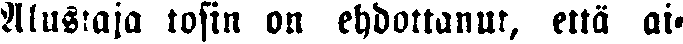
Alustaja tosin on ehdottanut, että ai-